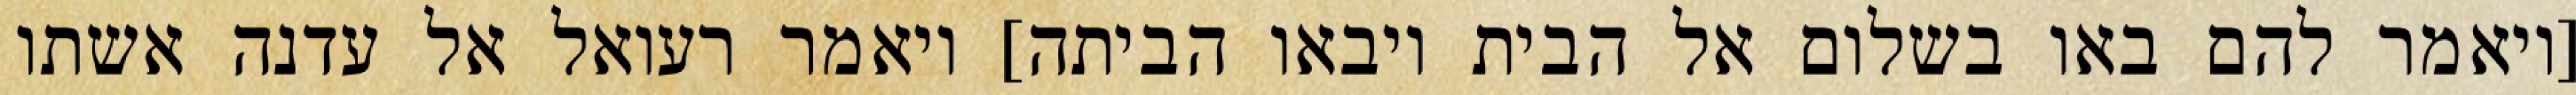
[ויאמר להם באו בשלום אל הבית ויבאו הביתה] ויאמר רעואל אל עדנה אשתו